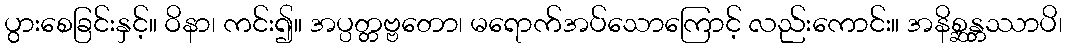
ပွားစေခြင်းနှင့်။ ဝိနာ၊ ကင်း၍။ အပ္ပတ္တဗ္ဗတော၊ မရောက်အပ်သောကြောင့် လည်းကောင်း။ အနိစ္ဆန္တဿာပိ၊